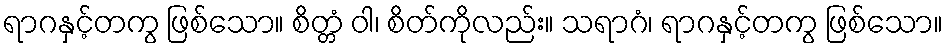
ရာဂနှင့်တကွ ဖြစ်သော။ စိတ္တံ ဝါ၊ စိတ်ကိုလည်း။ သရာဂံ၊ ရာဂနှင့်တကွ ဖြစ်သော။